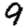
Digit: 9